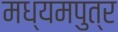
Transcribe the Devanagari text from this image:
मध्यमपुत्र